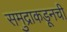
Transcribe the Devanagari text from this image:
समुद्राकडूनची